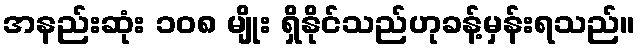
အနည်းဆုံး ၁၀၈ မျိုး ရှိနိုင်သည်ဟုခန့်မှန်းရသည်။